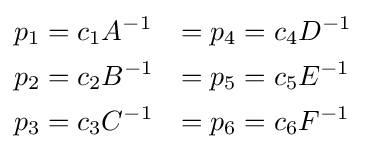
{\begin{aligned}p_{1}&=c_{1}A^{-1}&=p_{4}&=c_{4}D^{-1}\\p_{2}&=c_{2}B^{-1}&=p_{5}&=c_{5}E^{-1}\\p_{3}&=c_{3}C^{-1}&=p_{6}&=c_{6}F^{-1}\\\end{aligned}}